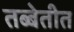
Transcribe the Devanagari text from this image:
तब्बेतीत